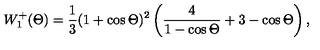
W _ { 1 } ^ { + } ( \Theta ) = \frac { 1 } { 3 } ( 1 + \cos \Theta ) ^ { 2 } \left( \frac { 4 } { 1 - \cos \Theta } + 3 - \cos \Theta \right) ,